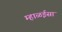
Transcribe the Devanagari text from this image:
म्हाळईसा